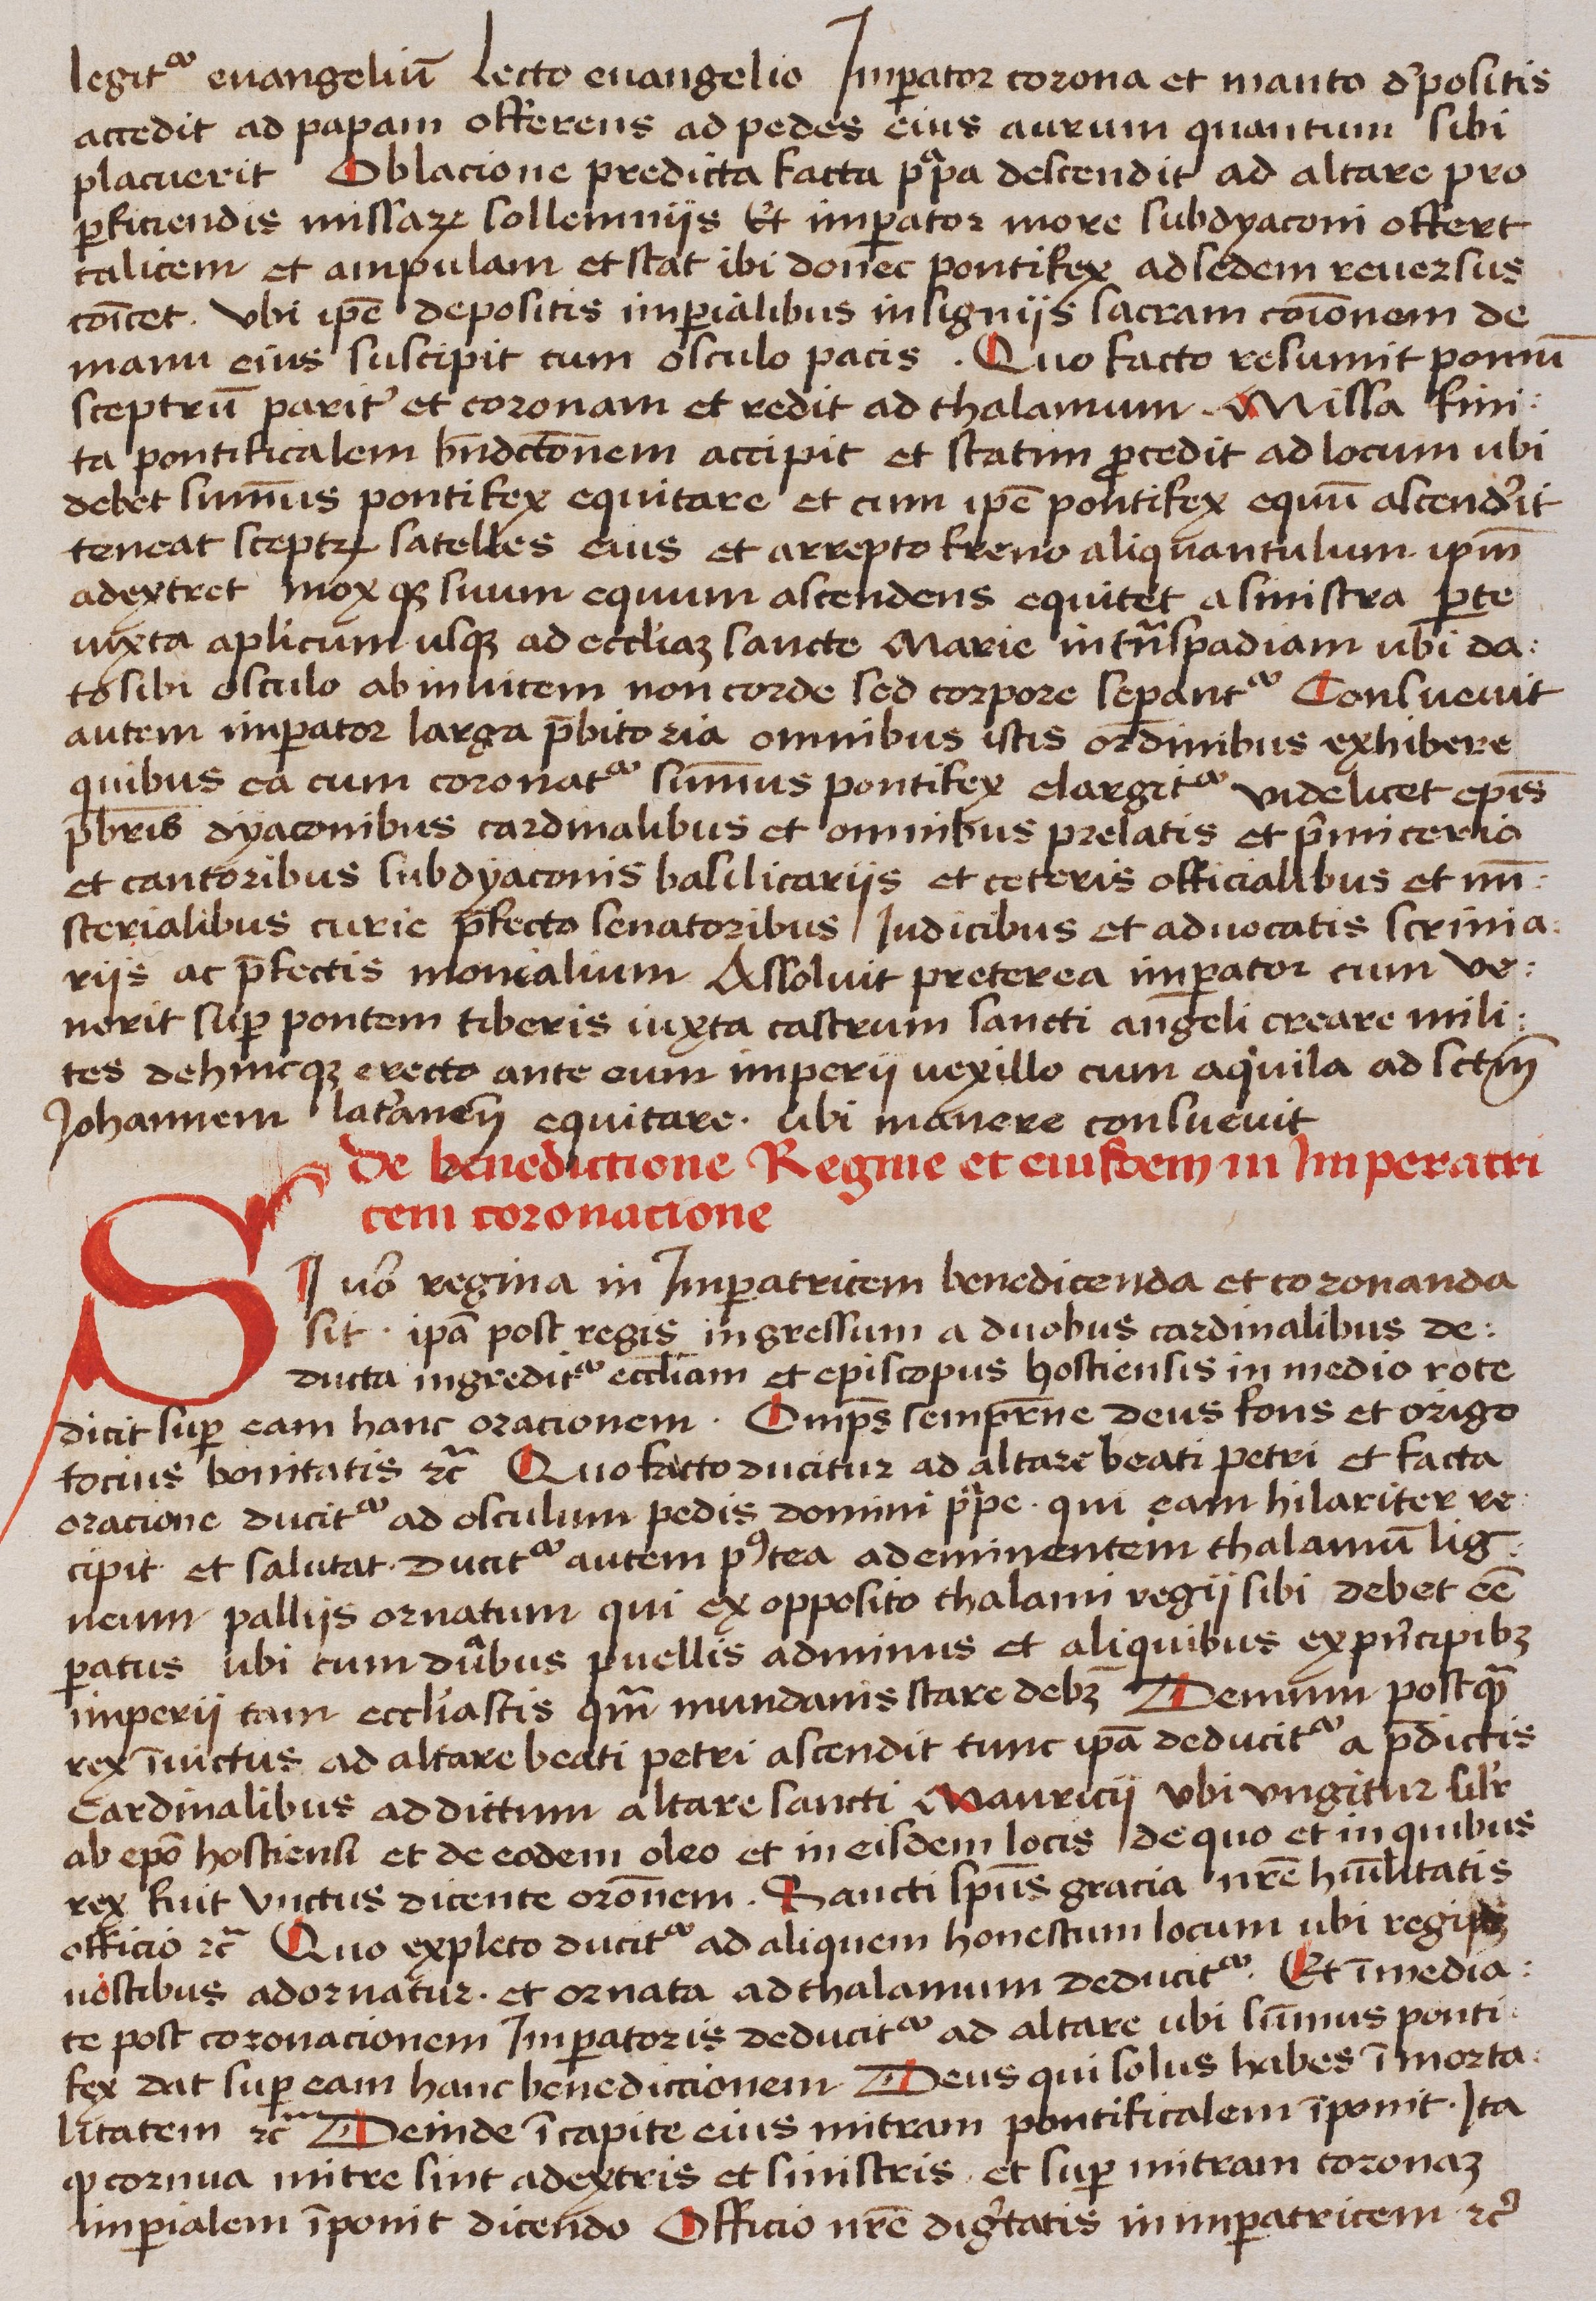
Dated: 1400–1499